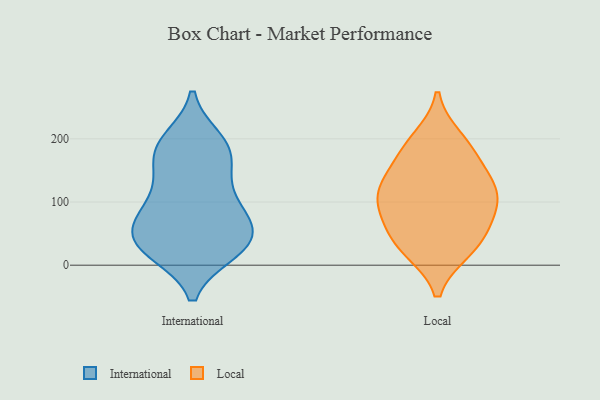
{"axis": {"x": "Customer Acquisition Cost (USD)", "y": "Value"}, "legend": ["International", "Local"], "data": [{"x": "", "y": 130, "type": "International"}, {"x": "", "y": 198, "type": "International"}, {"x": "", "y": 54, "type": "International"}, {"x": "", "y": 196, "type": "International"}, {"x": "", "y": 21, "type": "International"}, {"x": "", "y": 176, "type": "International"}, {"x": "", "y": 89, "type": "International"}, {"x": "", "y": 49, "type": "International"}, {"x": "", "y": 25, "type": "International"}, {"x": "", "y": 171, "type": "International"}, {"x": "", "y": 77, "type": "International"}, {"x": "", "y": 23, "type": "International"}, {"x": "", "y": 129, "type": "International"}, {"x": "", "y": 43, "type": "International"}, {"x": "", "y": 180, "type": "International"}, {"x": "", "y": 90, "type": "International"}, {"x": "", "y": 25, "type": "International"}, {"x": "", "y": 66, "type": "International"}, {"x": "", "y": 133, "type": "Local"}, {"x": "", "y": 24, "type": "Local"}, {"x": "", "y": 40, "type": "Local"}, {"x": "", "y": 200, "type": "Local"}, {"x": "", "y": 68, "type": "Local"}, {"x": "", "y": 97, "type": "Local"}, {"x": "", "y": 111, "type": "Local"}, {"x": "", "y": 120, "type": "Local"}, {"x": "", "y": 184, "type": "Local"}, {"x": "", "y": 171, "type": "Local"}, {"x": "", "y": 25, "type": "Local"}, {"x": "", "y": 73, "type": "Local"}, {"x": "", "y": 121, "type": "Local"}]}